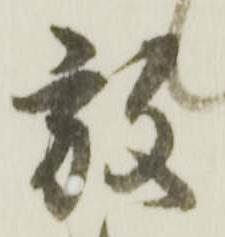
放